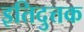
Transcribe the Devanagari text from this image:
इतिदुत्तक